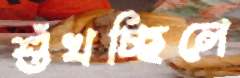
শুঁখচ্ছিলে